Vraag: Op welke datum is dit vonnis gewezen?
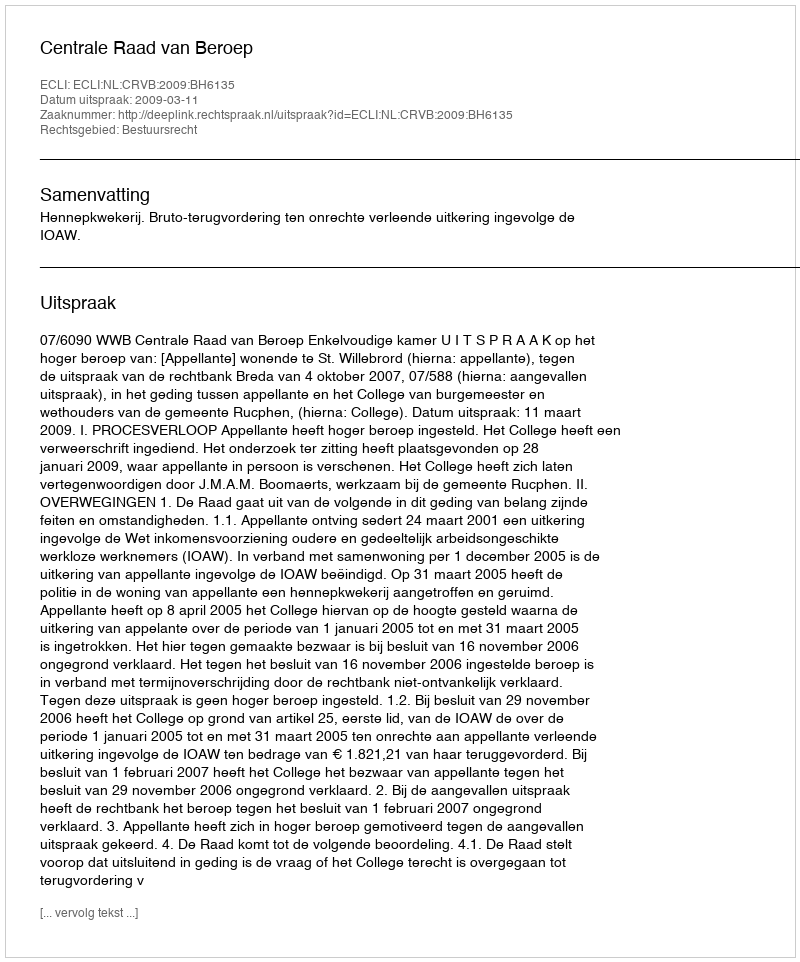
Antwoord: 2009-03-11